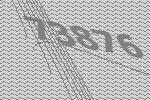
73876